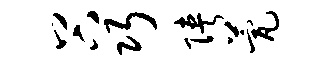
谷巧陕甍